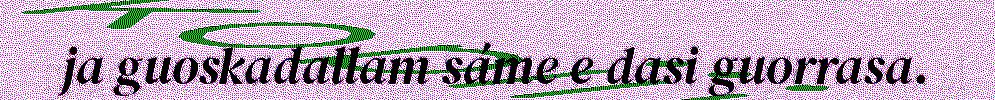
ja guoskadallam sáme e dasi guorrasa.